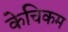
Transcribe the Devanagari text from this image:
केचिकम